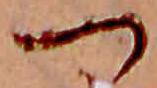
つ